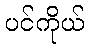
ပင်ကိုယ်